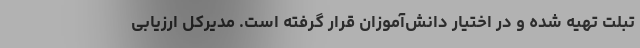
تبلت تهیه شده و در اختیار دانش‌آموزان قرار گرفته است. مدیرکل ارزیابی